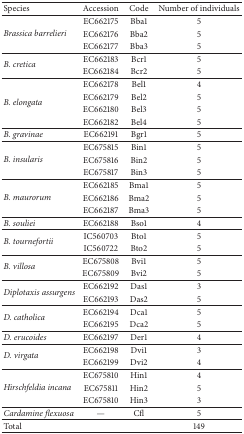
| Species | Accession | Code | Number of individuals |
 | --- | --- | --- | --- |
 | <ROWSPAN=3> Brassica barrelieri | EC662175 | Bba1 | 5 |
 | EC662176 | Bba2 | 5 |
 | EC662177 | Bba3 | 5 |
 | <ROWSPAN=2> B. cretica | EC662183 | Bcr1 | 5 |
 | EC662184 | Bcr2 | 5 |
 | <ROWSPAN=4> B. elongata | EC662178 | Bel1 | 4 |
 | EC662179 | Bel2 | 5 |
 | EC662180 | Bel3 | 5 |
 | EC662182 | Bel4 | 5 |
 | B. gravinae | EC662191 | Bgr1 | 5 |
 | <ROWSPAN=3> B. insularis | EC675815 | Bin1 | 5 |
 | EC675816 | Bin2 | 5 |
 | EC675817 | Bin3 | 5 |
 | <ROWSPAN=3> B. maurorum | EC662185 | Bma1 | 5 |
 | EC662186 | Bma2 | 5 |
 | EC662187 | Bma3 | 5 |
 | B. souliei | EC662188 | Bso1 | 4 |
 | <ROWSPAN=2> B. tournefortii | IC560703 | Bto1 | 5 |
 | IC560722 | Bto2 | 5 |
 | <ROWSPAN=2> B. villosa | EC675808 | Bvi1 | 5 |
 | EC675809 | Bvi2 | 5 |
 | <ROWSPAN=2> Diplotaxis assurgens | EC662192 | Das1 | 3 |
 | EC662193 | Das2 | 5 |
 | <ROWSPAN=2> D. catholica | EC662194 | Dca1 | 5 |
 | EC662195 | Dca2 | 5 |
 | D. erucoides | EC662197 | Der1 | 4 |
 | <ROWSPAN=2> D. virgata | EC662198 | Dvi1 | 3 |
 | EC662199 | Dvi2 | 4 |
 | <ROWSPAN=3> Hirschfeldia incana | EC675810 | Hin1 | 4 |
 | EC675811 | Hin2 | 5 |
 | EC675810 | Hin3 | 3 |
 | Cardamine flexuosa | — | Cfl | 5 |
 | Total |  |  | 149 |